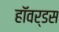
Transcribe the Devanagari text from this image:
हॉवर्डस